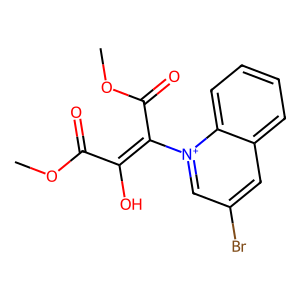
SMILES: COC(=O)C(O)=C(C(=O)OC)[n+]1cc(Br)cc2ccccc21
Inhibits HIV replication: No